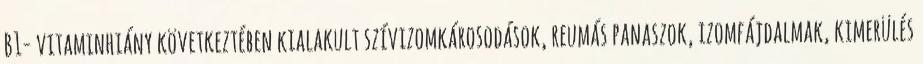
B1- vitaminhiány következtében kialakult szívizomkárosodások, reumás panaszok, izomfájdalmak, kimerülés